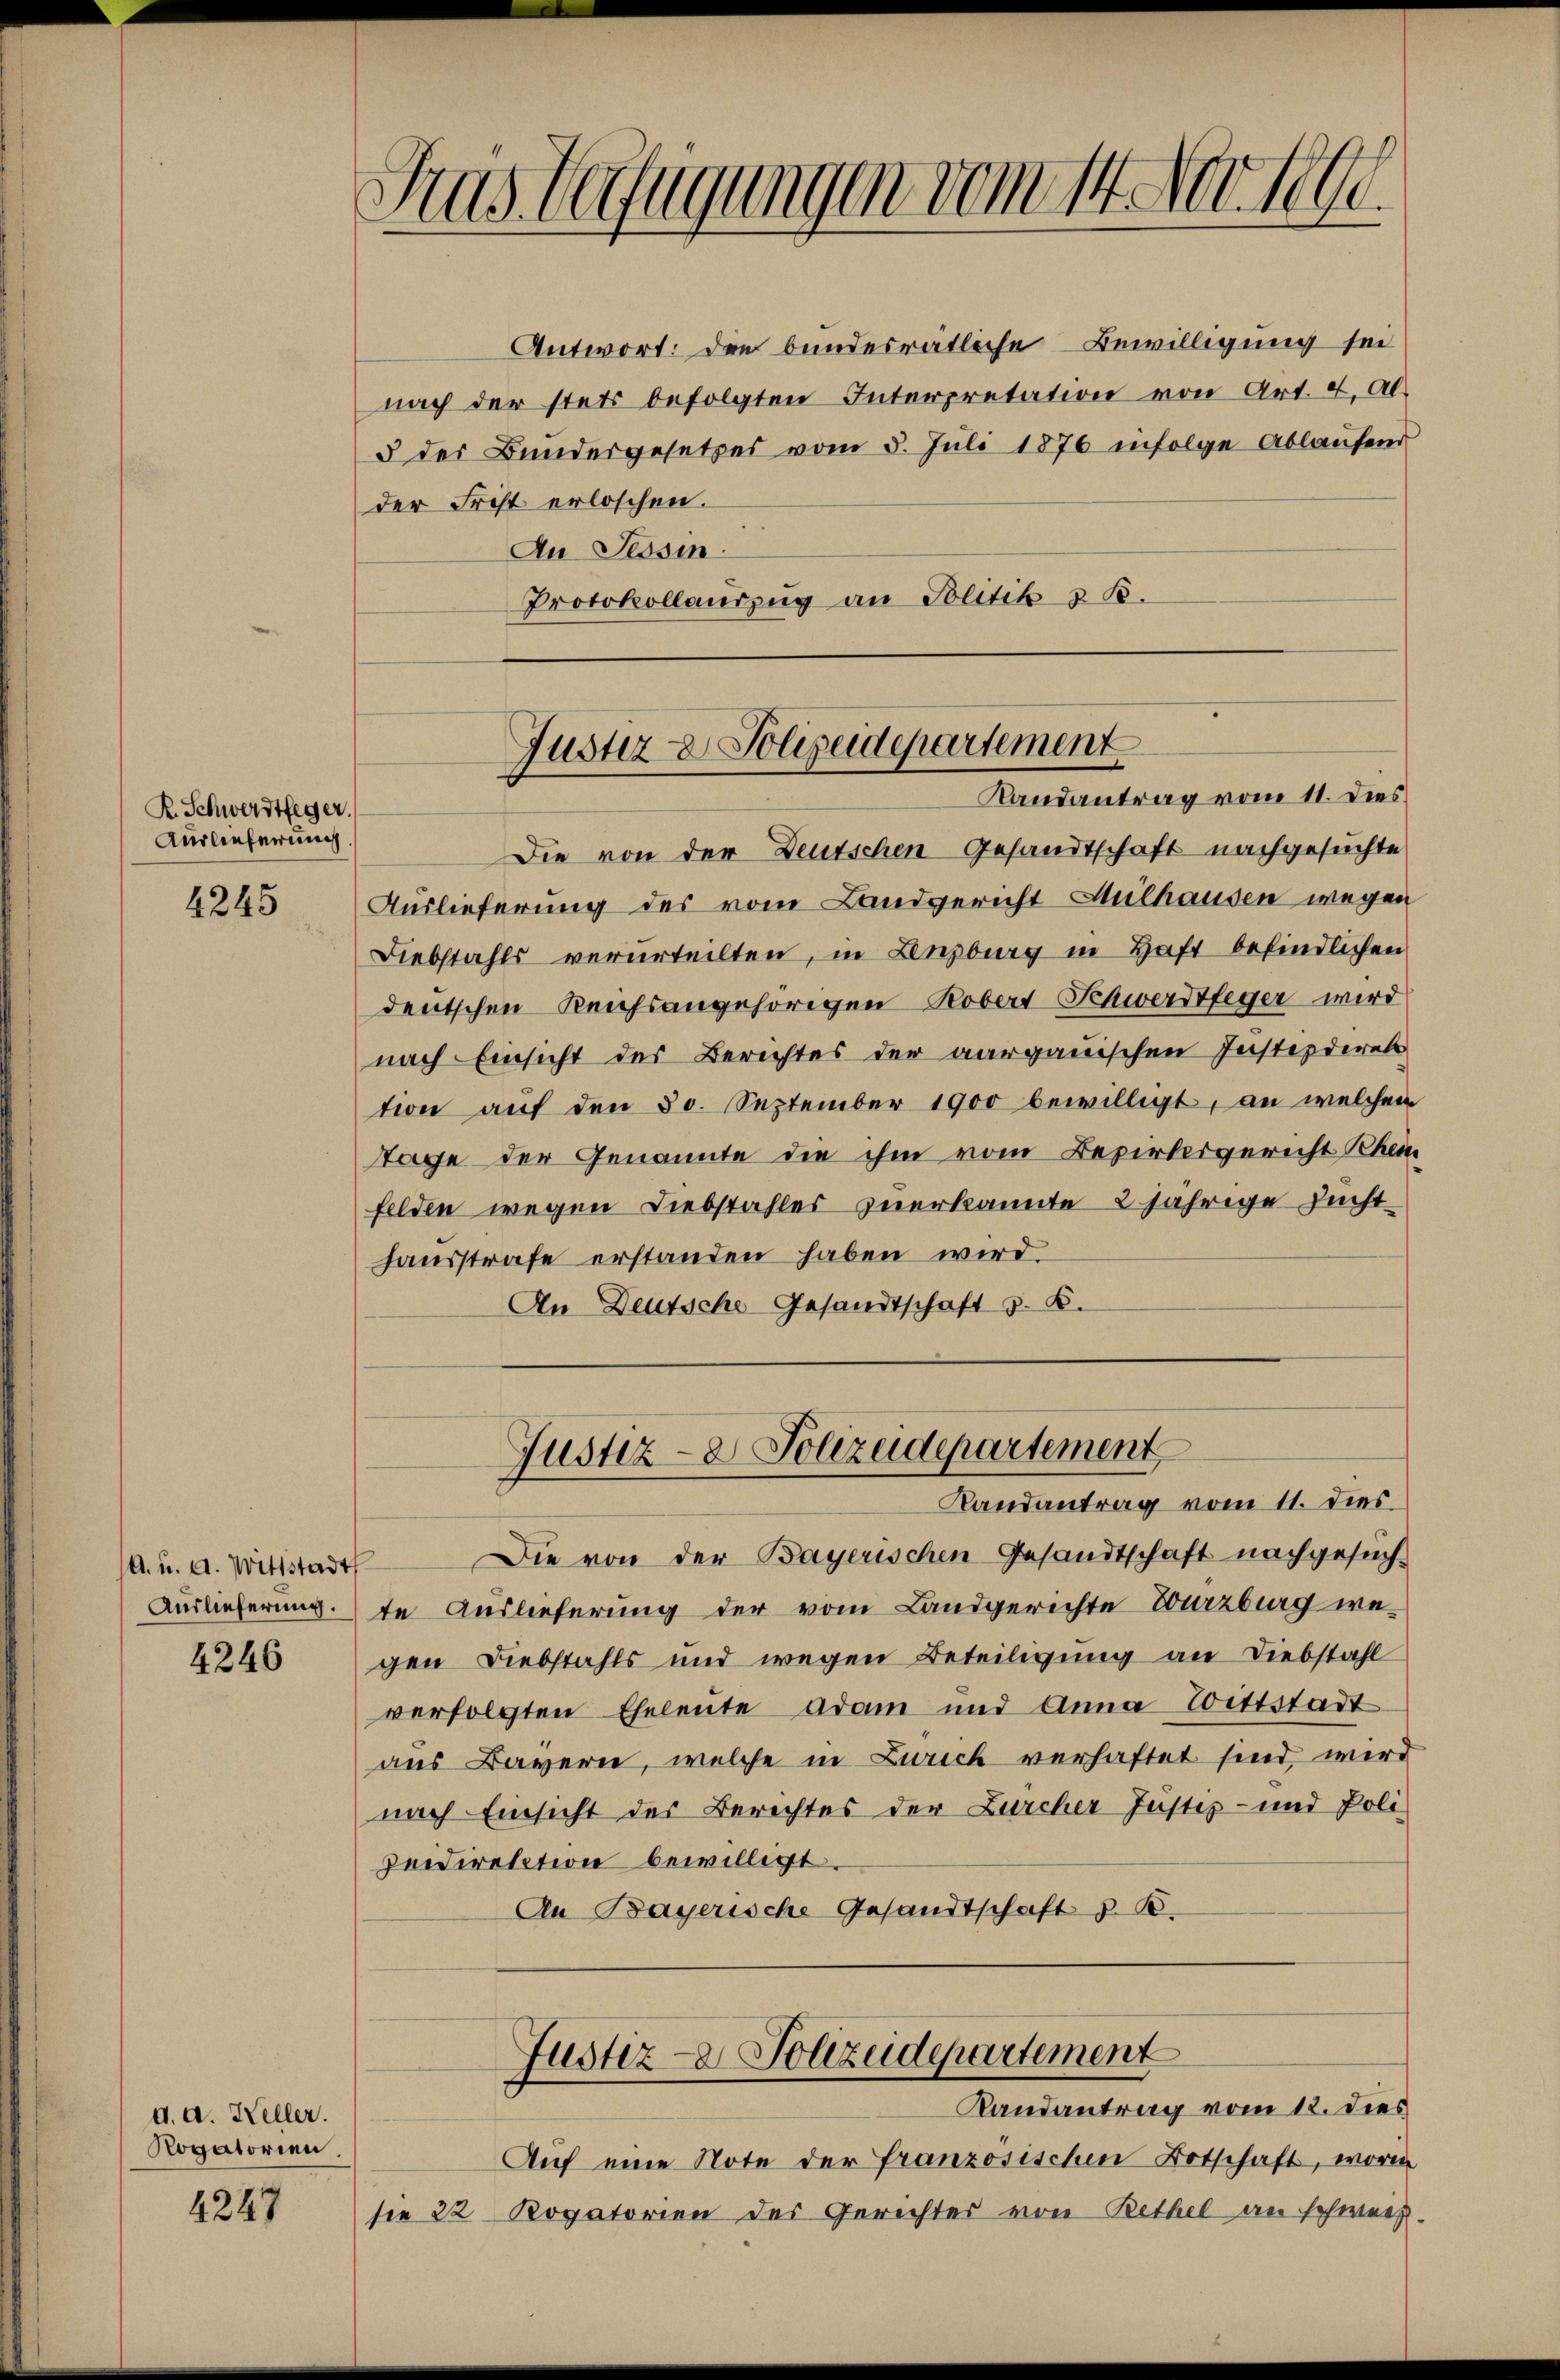
R. Schwerdtfeger.
Auslieferung.

4245

A. u. a. Wittstadt
Auslieferung.

4246

d. d. Keller.
Rogatorien

4247

Gras Verfügungen vom 14. Nov. 1890.

Antwort: Die bundesrätliche Bewilligung sei
nach der stets befolgten Interpretation von Art. 4. Al¬
3 der Bundergesetzes vom 5. Juli 1876 infolge Ablaufend
der Frist erloschen.
An Tessin.
Protokollauszug an Politik z. B.

Justiz & Polizeidepartement
Randantrag vom 11. dies

Die von der Deutschen Gesandtschaft nachgesuchte
Auslieferung des vom Landgericht Mülhausen wegen
Diebstahls verurteilten, in Lenzburg in Haft befindlichen
deutschen Reichsangehörigen Robert Schwerdtfeger wird
nach Einsicht des Berichtes der aargauischen Instindiret
tion auf den 30. September 1900 bewilligt, an welchen
Tage der Genannte die ihm vom Bezirksgericht Rhein
felden wegen Diebstahles zuerkannte 2 jährige Zuchthausstrafe erstanden haben wird.
An Deutsche-Gesandtschaft z. B.

Justiz- & Polizeidepartement
Randantrag vom 11. dies

Die von der Bayerischen Gesandtschaft nachgesuchte Auslieferung der vom Landgerichte Courzburg wegen Diebstahls und wegen Beteiligung an Diebstahl
verfolgten Eheleute Adam und Anna Toittstadt
aus Bayern, welche in Zürich verhaftet sind wird
nach Einsicht der Berechtes der Zürcher Justiz- und Poli¬
Deidirektion bewilligt.
An Bayerische Gesandtschaft z. B.

Auf eine Note der Französischen Botschaft, worin
sie 22 Rogatorien des Gerichter von Bethel an schweiz.

Justiz- & Polizeidepartement
Randantrag vom 12. dies